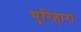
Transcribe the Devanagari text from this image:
चुरिहारा